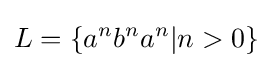
L=\{a^{n}b^{n}a^{n}|n>0\}